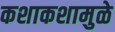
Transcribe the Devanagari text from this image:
कशाकशामुळे